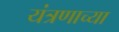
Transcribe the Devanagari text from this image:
यंत्रणाच्या